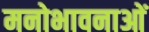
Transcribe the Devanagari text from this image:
मनोभावनाआें